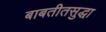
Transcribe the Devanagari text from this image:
बाबतीतसुद्धा